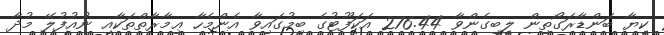
ކިޔާ ބަންޑާރަގޯތިން ލިބިގެންވާ 276.44 އަކަފޫޓުގެ ބިމުގައިވާ އެންމެހާ ޢިމާރާތްތަކާއި ނުއުފުލޭ މުދާ